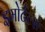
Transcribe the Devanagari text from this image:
इमोर्टल्स